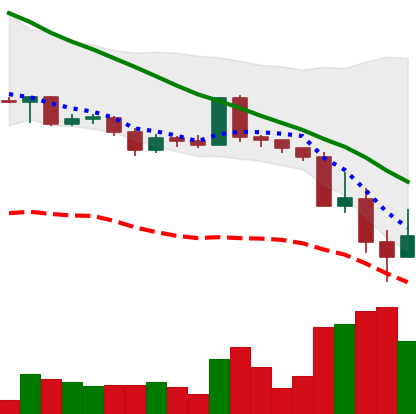
Ticker: ADA-USD
Chart end date: 2022-05-13
Forward return: -4.398%
Label: down_3_5